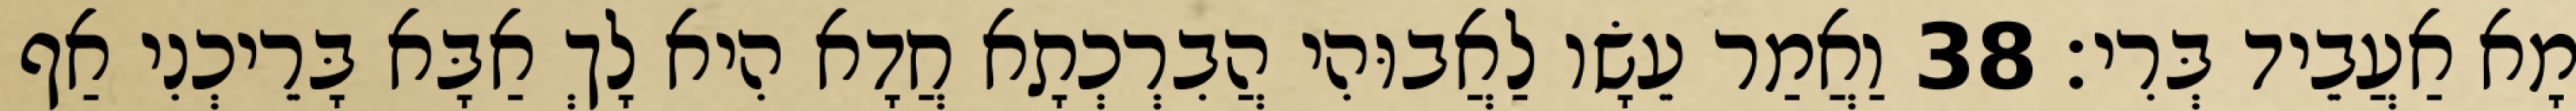
מָא אַעֲבֵיד בְּרִי׃ 38 וַאֲמַר עֵשָׂו לַאֲבוּהִי הֲבִרְכְתָא חֲדָא הִיא לָךְ אַבָּא בָּרֵיכְנִי אַף